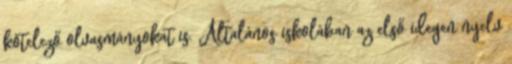
kötelező olvasmányokat is. Általános iskolában az első idegen nyelv